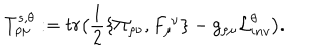
T _ { \rho \mu } ^ { s , \theta } : = t r \big ( { \frac { 1 } { 2 } } \{ \Pi _ { \rho \nu } , F _ { \mu } ^ { \ \nu } \} - g _ { \rho \mu } { \cal L } _ { i n v } ^ { \theta } \big ) .